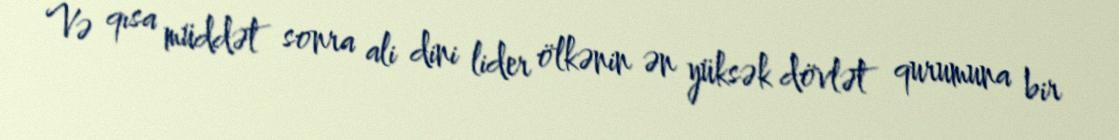
Və qısa müddət sonra ali dini lider ölkənin ən yüksək dövlət qurumuna bir